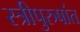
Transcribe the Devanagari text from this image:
स्त्रीपुरुषांत